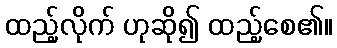
ထည့်လိုက် ဟုဆို၍ ထည့်စေ၏။